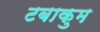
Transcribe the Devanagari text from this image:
टबाकुम